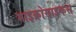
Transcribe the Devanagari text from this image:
माइक्रोसाइकस